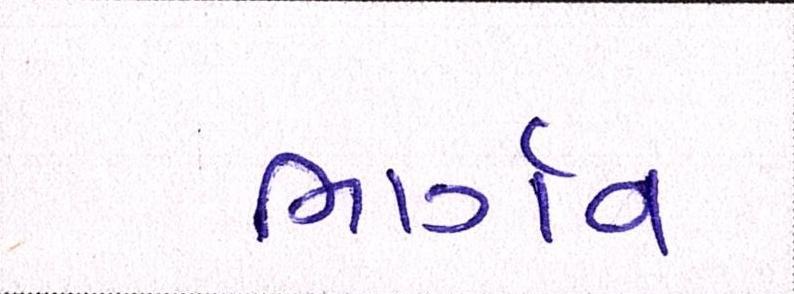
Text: ભાર્ગવ